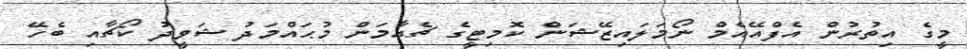
މީގެ އިތުރުން އެފްއޭއެމް ނޯމަލައިޒޭޝަން ކޮމިޓީގެ ޗެއާމަން މުޙައްމަދު ޝަވީދު ކޯޗާއި ބެހޭ